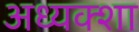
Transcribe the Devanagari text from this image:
अध्यक्शा